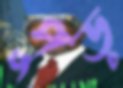
পুড়